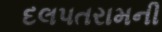
દલપતરામની